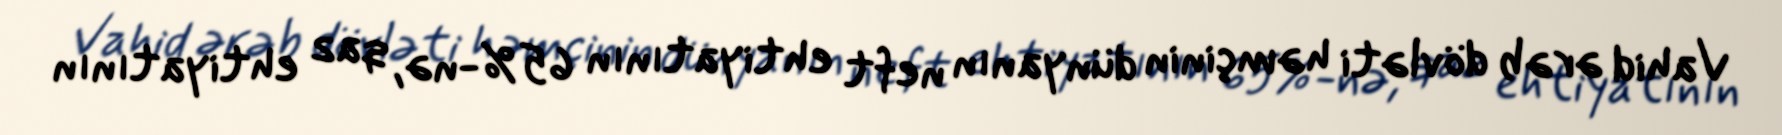
Vahid ərəb dövləti həmçinin dünyanın neft ehtiyatının 65%-nə, qaz ehtiyatının